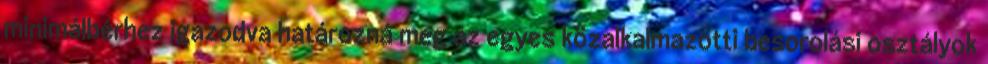
minimálbérhez igazodva határozná meg az egyes közalkalmazotti besorolási osztályok